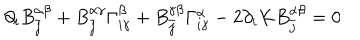
\partial _ { i } B _ { \bar { j } } ^ { \alpha \beta } + B _ { \bar { j } } ^ { \alpha \gamma } \Gamma _ { i \gamma } ^ { \beta } + B _ { \bar { j } } ^ { \gamma \beta } \Gamma _ { i \gamma } ^ { \alpha } - 2 \partial _ { i } K B _ { \bar { j } } ^ { \alpha \beta } = 0